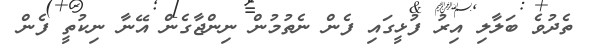
ތެދުވެ ބަލާލި އިރު ފުޅީގައި ފެން ނެތުމުން ނިންޖާގެން އޭނާ ނިކުތީ ފެން